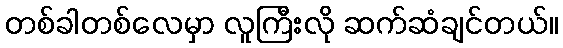
တစ်ခါတစ်လေမှာ လူကြီးလို ဆက်ဆံချင်တယ်။